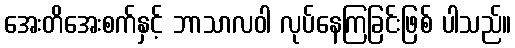
အေးတိအေးစက်နှင့် ဘာသာလဝါ လုပ်နေကြခြင်းဖြစ် ပါသည်။